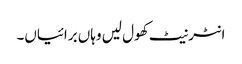
انٹرنیٹ کھول لیں وہاں برائیاں۔